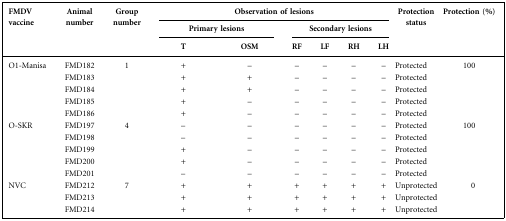
| <ROWSPAN=3> FMDV vaccine | <ROWSPAN=3> Animal number | <ROWSPAN=3> Group number | <COLSPAN=6> Observation of lesions | <ROWSPAN=3> Protection status | <ROWSPAN=3> Protection (%) |
 | <COLSPAN=2> Primary lesions | <COLSPAN=4> Secondary lesions |
 | T | OSM | RF | LF | RH | LH |
 | --- | --- | --- | --- | --- | --- | --- | --- | --- | --- | --- |
 | <ROWSPAN=5> O1-Manisa | FMD182 | <ROWSPAN=5> 1 | + | – | – | – | – | – | Protected | <ROWSPAN=5> 100 |
 | FMD183 | + | + | – | – | – | – | Protected |
 | FMD184 | + | + | – | – | – | – | Protected |
 | FMD185 | + | – | – | – | – | – | Protected |
 | FMD186 | + | – | – | – | – | – | Protected |
 | <ROWSPAN=5> O-SKR | FMD197 | <ROWSPAN=5> 4 | – | – | – | – | – | – | Protected | <ROWSPAN=5> 100 |
 | FMD198 | – | – | – | – | – | – | Protected |
 | FMD199 | + | – | – | – | – | – | Protected |
 | FMD200 | + | – | – | – | – | – | Protected |
 | FMD201 | – | – | – | – | – | – | Protected |
 | <ROWSPAN=3> NVC | FMD212 | <ROWSPAN=3> 7 | + | + | + | + | + | + | Unprotected | <ROWSPAN=3> 0 |
 | FMD213 | + | + | + | + | + | + | Unprotected |
 | FMD214 | + | + | + | + | + | + | Unprotected |